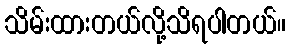
သိမ်းထားတယ်လို့သိရပါတယ်။